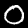
Digit: 0